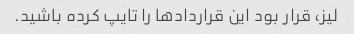
لیز، قرار بود این قراردادها را تایپ کرده باشید.